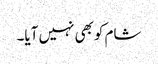
شام کوبھی نہیں آیا۔